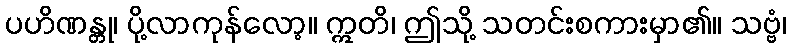
ပဟိဏန္တု၊ ပို့လာကုန်လော့။ ဣတိ၊ ဤသို့ သတင်းစကားမှာ၏။ သဗ္ဗံ၊